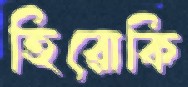
হিরোকি